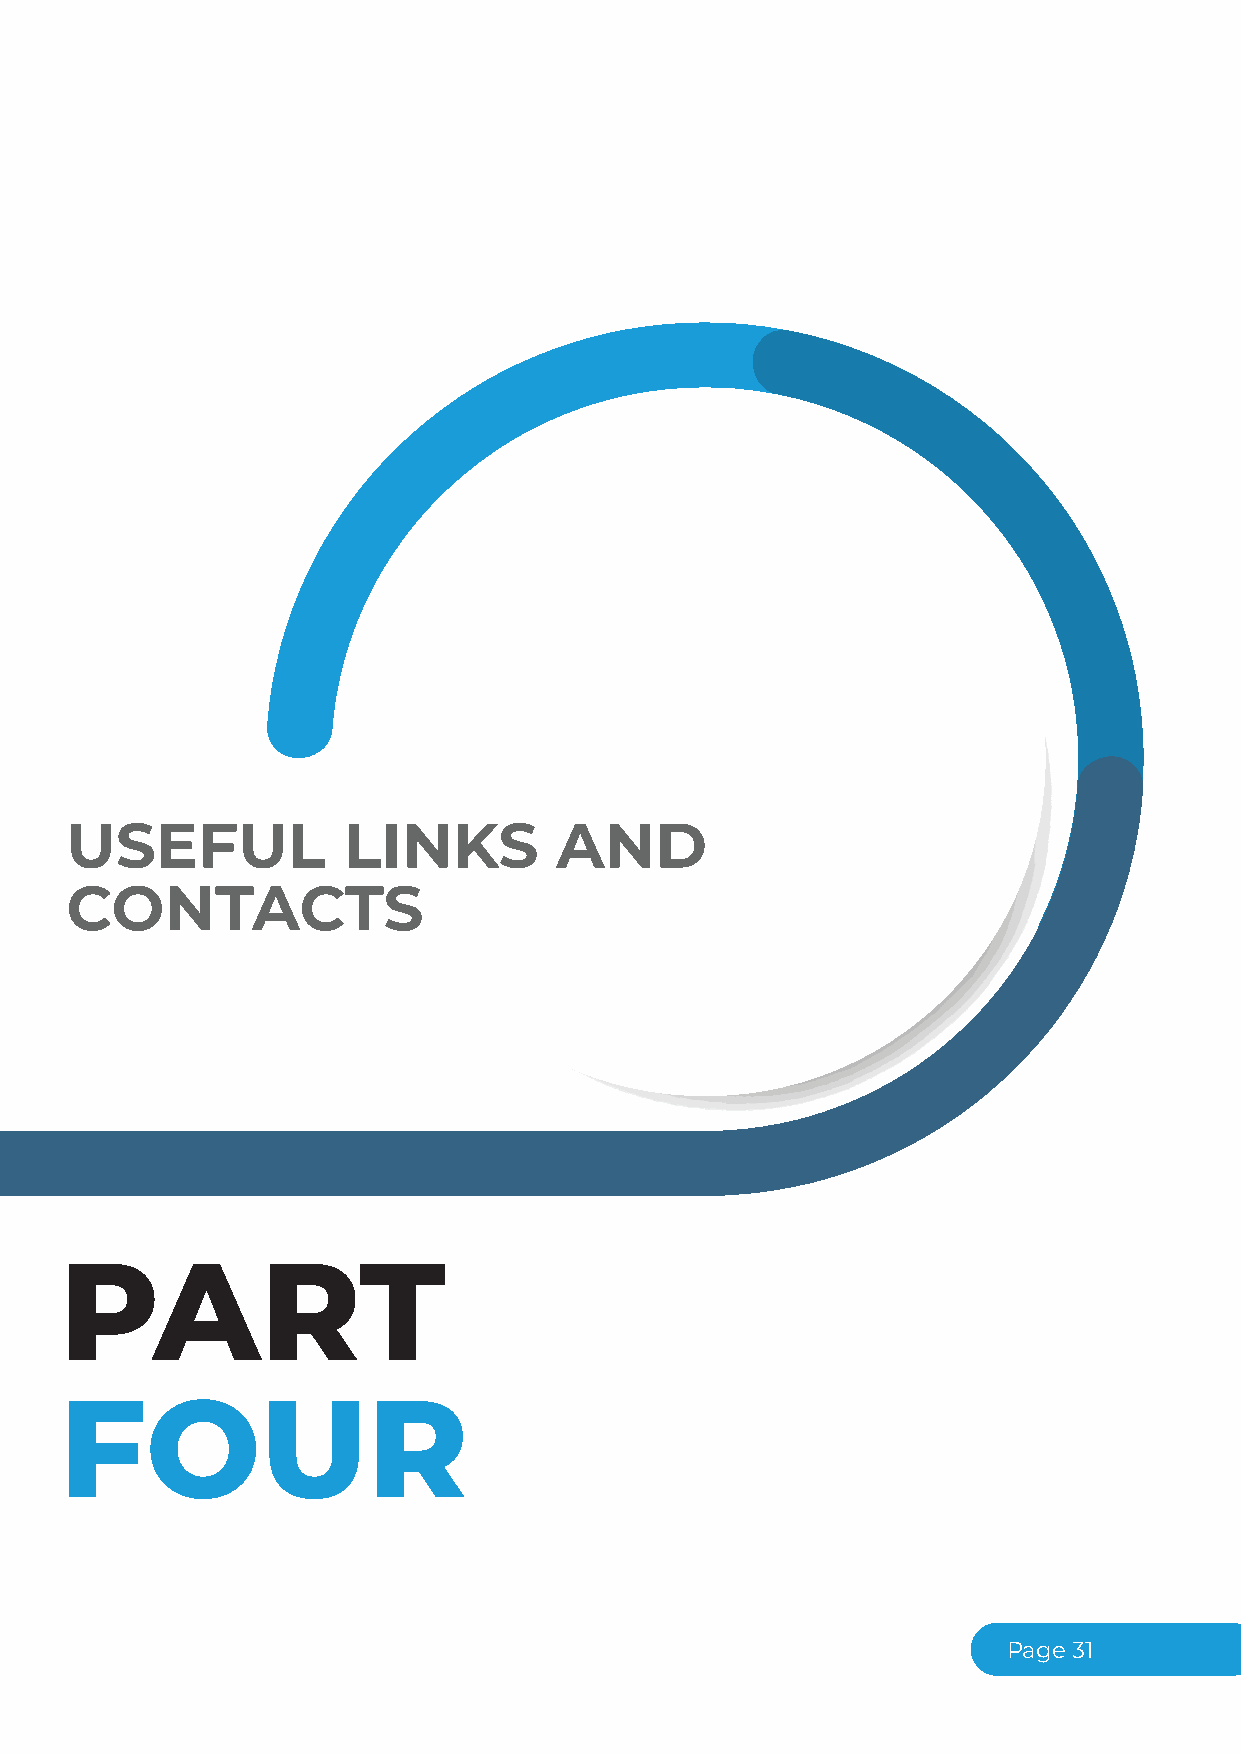
USEFUL             LINKS         AND
 CONTACTS
 PART
 FOUR
 Page31